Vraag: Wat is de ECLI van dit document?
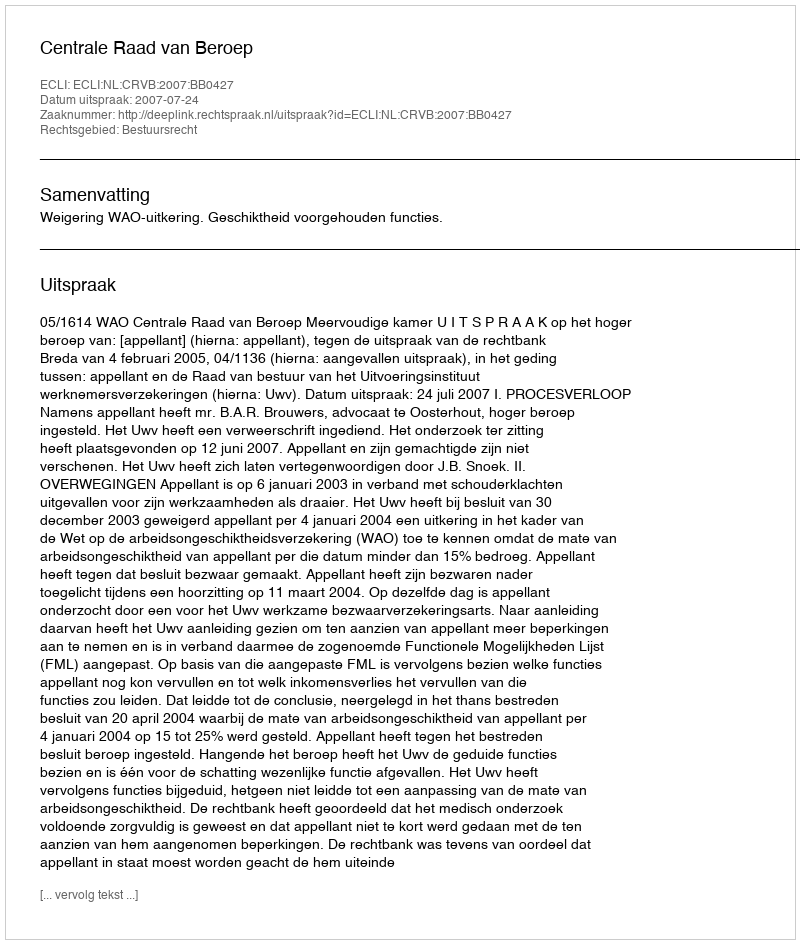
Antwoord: ECLI:NL:CRVB:2007:BB0427